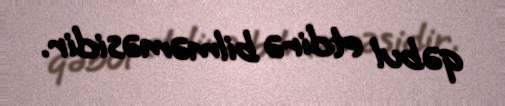
qəbul etdirə bilməməsidir.